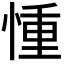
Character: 𢝆